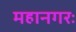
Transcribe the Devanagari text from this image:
महानगरः